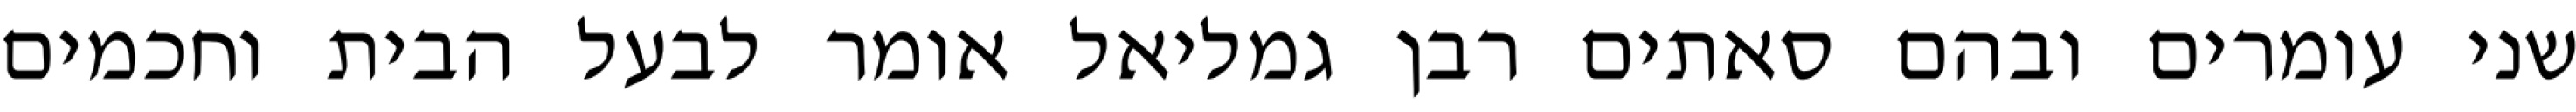
שני עומרים ובהם סאתים רבן גמליאל אומר לבעל הבית וחכמים